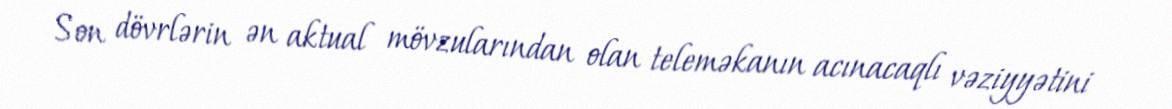
Son dövrlərin ən aktual mövzularından olan teleməkanın acınacaqlı vəziyyətini